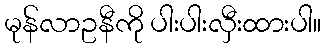
မုန်လာဥနီကို ပါးပါးလှီးထားပါ။